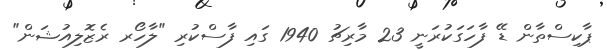
ޕާކިސްތާން ޑޭ ފާހަގަކުރަނީ 23 މާރިޗު 1940 ގައި ފާސްކުރި "ލާހޯރ ރެޒޮލިއުޝަން"